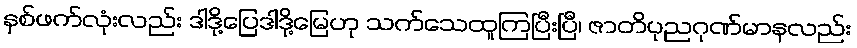
နှစ်ဖက်လုံးလည်း ဒါဒို့ပြေဒါဒို့မြေဟု သက်သေထူကြပြီးပြီ၊ ဇာတိပုညဂုဏ်မာနလည်း